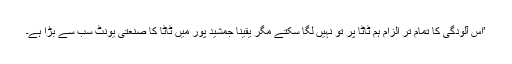
’اس آلودگی کا تمام تر الزام ہم ٹاٹا پر تو نہیں لگا سکتے مگر یقیناً جمشید پور میں ٹاٹا کا صنعتی یونٹ سب سے بڑا ہے۔